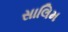
સાલિમ